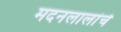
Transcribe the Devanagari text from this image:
मदनलालांचे